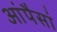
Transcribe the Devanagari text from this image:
आंपैसां